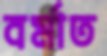
বর্মাত